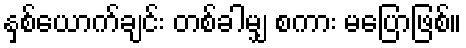
နှစ်ယောက်ချင်း တစ်ခါမျှ စကား မပြောဖြစ်။